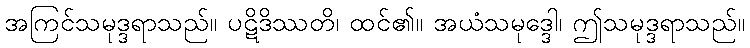
အကြင်သမုဒ္ဒရာသည်။ ပဋိဒိဿတိ၊ ထင်၏။ အယံသမုဒ္ဒေါ၊ ဤသမုဒ္ဒရာသည်။